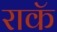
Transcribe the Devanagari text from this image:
राकॅ